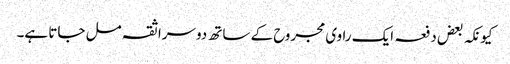
کیونکہ بعض دفعہ ایک راوی مجروح کے ساتھ دوسرا ثقہ مل جاتا ہے۔